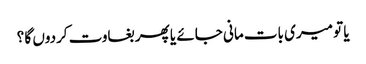
یا تو میری بات مانی جائے یا پھر بغاوت کردوں گا ؟